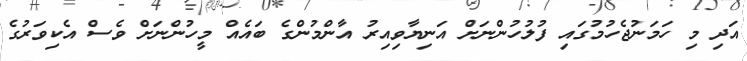
އަދި މި ހަމަނުޖެހުމުގައި ފުލުހުންނަށް އަނިޔާވިއިރު އާންމުންގެ ބައެއް މީހުންނަށް ވެސް އެކިވަރުގެ